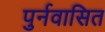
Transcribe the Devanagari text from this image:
पुर्नवासित